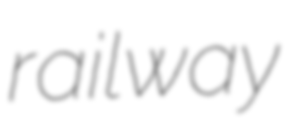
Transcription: railway